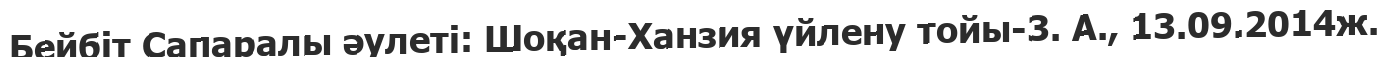
Бейбіт Сапаралы әулеті: Шоқан-Ханзия үйлену тойы-3. А., 13.09.2014ж.